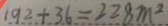
1 9 2 + 3 6 = 2 2 8 m ^ { 2 }